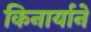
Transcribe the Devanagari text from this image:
किनार्याने